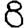
Digit: 8